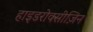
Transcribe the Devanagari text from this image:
हाइडरोक्सीज़िन